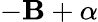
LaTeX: -\mathbf{B}+\alpha